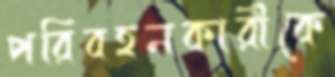
পরিবহনকারীকে